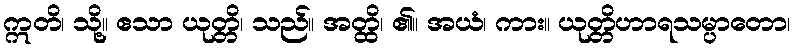
ဣတိ၊ သို့။ ဧသာ ယုတ္တိ၊ သည်။ အတ္ထိ၊ ၏။ အယံ၊ ကား။ ယုတ္တိဟာရသမ္ပာတော၊